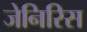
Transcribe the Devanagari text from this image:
जेनिरिस